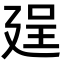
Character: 𢌥